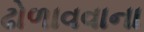
ઢોળાવવાના